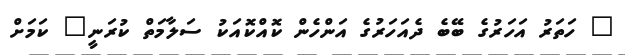
" ހަތަރު އަހަރުގެ ބޭބެ ދެއަހަރުގެ އަންހެން ކޮއްކޮއަކު ސަލާމަތް ކުރަނީ" ކަމަށް